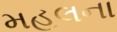
મહલના